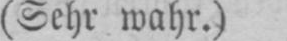
(Sehr wahr.)